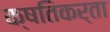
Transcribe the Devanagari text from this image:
क्षतिकर्ता